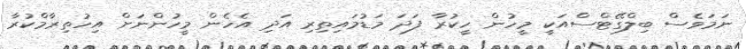
ނަމަވެސް ބިލްގޭޓްސްއަކީ މީހުން ހީކުރާ ފަދަ މަޑުމައިތިރި އަދި އެހެން މީހުންނަށް އިހުތިރާމްކުރާ